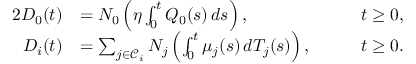
\begin{array} { r l r l } { { 2 } D _ { 0 } ( t ) } & { = N _ { 0 } \left( \eta \int _ { 0 } ^ { t } Q _ { 0 } ( s ) \, d s \right) , \quad } & & { t \ge 0 , } \\ { D _ { i } ( t ) } & { = \sum _ { j \in \mathcal { C } _ { i } } N _ { j } \left( \int _ { 0 } ^ { t } \mu _ { j } ( s ) \, d T _ { j } ( s ) \right) , \quad } & & { t \ge 0 . } \end{array}